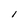
Character: l